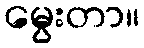
မွေးတာ။